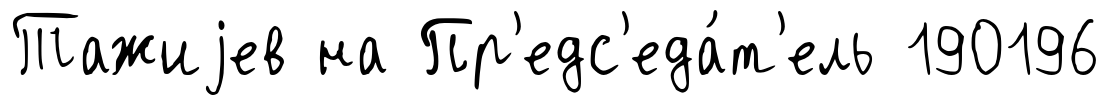
Тажиjев на Пр'едс'еда́т'ель 190196